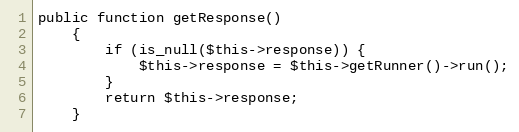
Language: PHP
public function getResponse()
    {
        if (is_null($this->response)) {
            $this->response = $this->getRunner()->run();
        }
        return $this->response;
    }